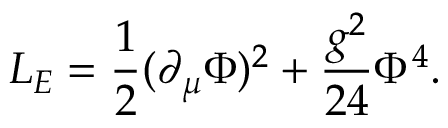
{ \cal L } _ { E } = \frac { 1 } { 2 } ( \partial _ { \mu } \Phi ) ^ { 2 } + \frac { g ^ { 2 } } { 2 4 } \Phi ^ { 4 } .